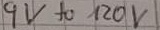
Text: 9V to 120V